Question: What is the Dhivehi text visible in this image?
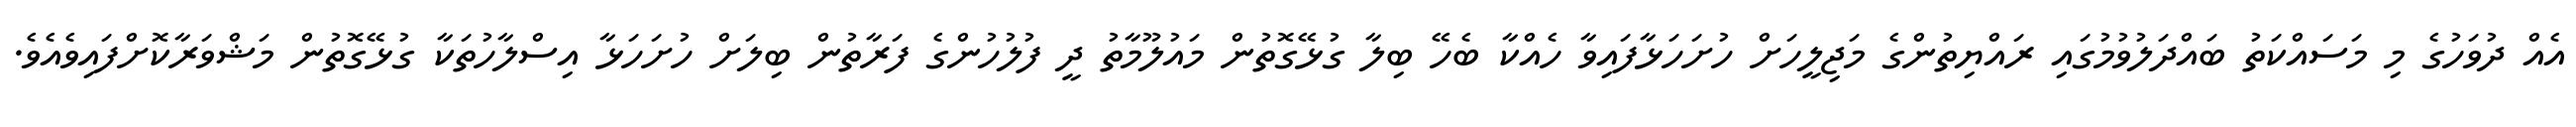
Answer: އެއް ދުވަހުގެ މި މަސައްކަތު ބައްދަލުވުމުގައި ރައްޔިތުންގެ މަޖިލީހަށް ހުށަހަޅާފައިވާ ހެއްކާ ބެހޭ ބިލާ ގުޅޭގޮތުން މައުލޫމާތު ދީ ފުލުހުންގެ ފަރާތުން ބިލަށް ހުށަހަޅާ އިސްލާހުތަކާ ގުޅޭގޮތުން މަޝްވަރާކޮށްފައިވެއެވެ.